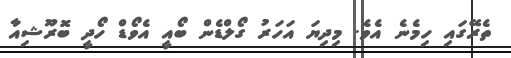
ތެރޭގައި ހިމެނެ އެވެ. މިދިޔަ އަހަރު ގޯލްޑެން ބޯއީ އެވޯޑް ހޯދީ ބޮރޫޝިއާ